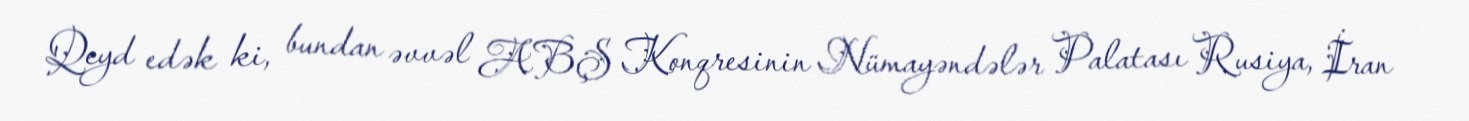
Qeyd edək ki, bundan əvvəl ABŞ Konqresinin Nümayəndələr Palatası Rusiya, İran